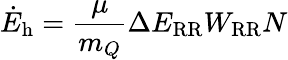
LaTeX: \dot{E}_{\mathrm{h}}=\frac{\mu}{m_{Q}}\Delta E_{\mathrm{RR}}W_{\mathrm{RR}}N